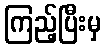
ကြည့်ပြီးမှ